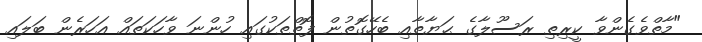
"މާތްވެގެންވާ ކީރިތި ރަސޫލާގެ ޙަޔާތާއި ބެހޭގޮތުން ފޮތްތަކުގައި ހުންނަ ވާހަކަތައް އަހަރެން ބަލައި